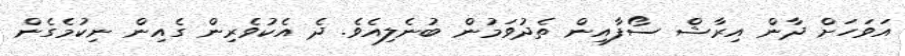
އަވަހަށް ދާން އިރާޝް ސޯފާއިން ތެދުވަމުން ބުނެލިއެވެ. ދެ އެކުވެރިން ގެއިން ނިކުމެގެން